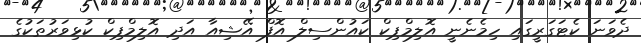
ދެވަނަ ކެޓަގަރީގައި ހިމެނެނީ އޮލިމްޕިކް ކައުންސިލް އޮފް އޭޝިއާ އަދި އޮލިމްޕިކް ކުޅިވަރުތަކުގެ